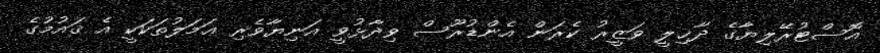
އޮސްޓުރޭލިޔާގެ ދާޚިލީ ވަޒީރު ކެރަން އެންޑުރޫސް ވިދާޅުވީ އަނިޔާވެރި ޢަމަލުތަކަކީ އެ ޤައުމުގެ